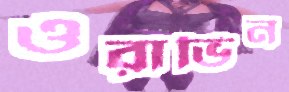
ওরাভিন